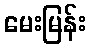
မေးမြန်း